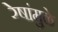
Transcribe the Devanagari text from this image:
रेषांमुळे